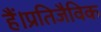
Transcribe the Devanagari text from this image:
हैं।प्रतिजैविक